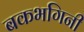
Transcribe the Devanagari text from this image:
बकभगिनी